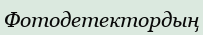
Фотодетектордың